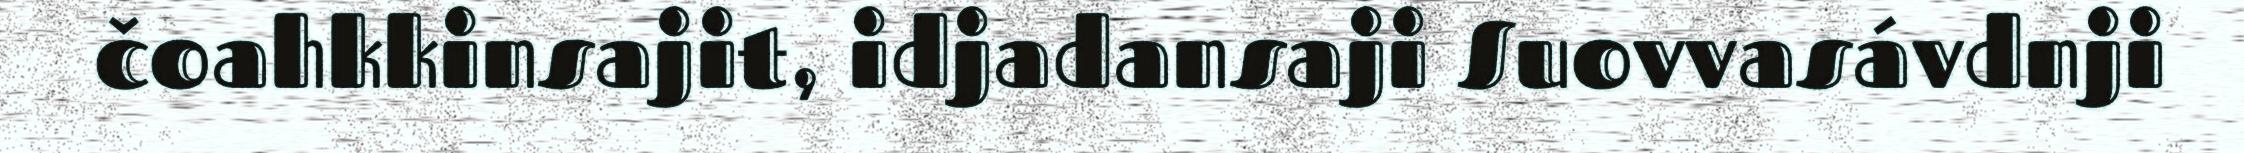
čoahkkinsajit, idjadansaji Suovvasávdnji